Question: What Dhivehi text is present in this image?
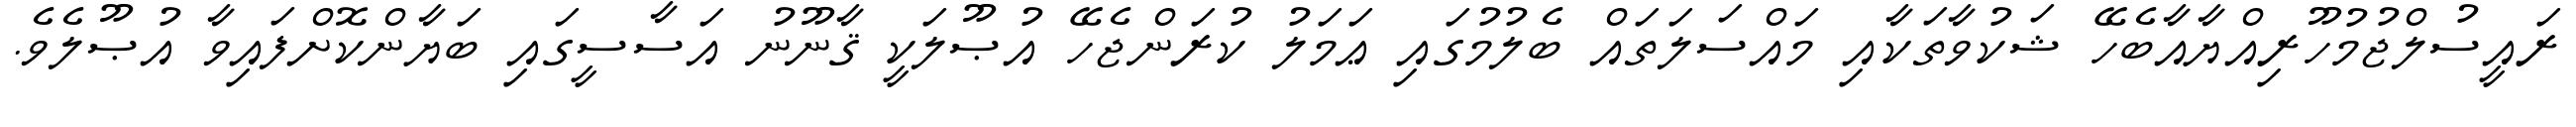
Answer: ރައީސުލްޖުމުހޫރިއްޔާއާބެހޭ ޝަކުވާތަކާއި މައްސަލަތައް ބެލުމުގައި ޢަމަލު ކުރަންޖެހޭ އުޞޫލަކީ ޤާނޫނު އަސާސީގައި ބަޔާންކޮށްފައިވާ އުޞޫލެވެ.